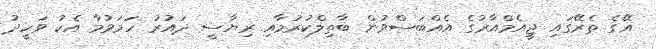
އޭގެ ތެރޭގައި ޖީއެމްއާރުގެ އެއްބަސްވުން ބާތިލްކުރުމާއި ރިޔާސީ ދައުރު ހަމަވުމާ އެކު ވަަހީދު